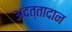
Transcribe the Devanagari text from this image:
अदत्तादान